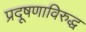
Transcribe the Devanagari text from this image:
प्रदूषणाविरुद्ध